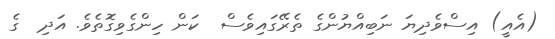
(އެއީ) އިސްވެދިޔަ ނަބިއްޔުންގެ ތެރޭގައިވެސް  ކަން ހިންގެވިގޮތެވެ. އަދި  ގެ